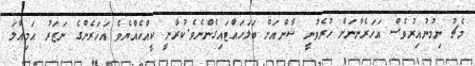
މެޗު ނިމުނުއިރުވެސް އަހަރެންނަށް ހުރެވުނީ ޝާންއަށް ބަލަހައްޓައިގެންނެވެ.ކުރާނީ ކީއްހެއްޔެވެ އަހަރެންގެ ނަޒަރު އަމިއްލަ